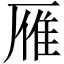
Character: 雁